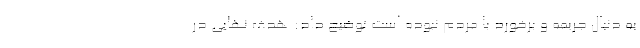
به دنبال جریمه و برخورد با مردم نبوده است توضیح داد: هدف نهایی در